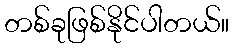
တစ်ခုဖြစ်နိုင်ပါတယ်။